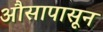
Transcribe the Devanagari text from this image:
औसापासून